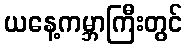
ယနေ့ကမ္ဘာကြီးတွင်